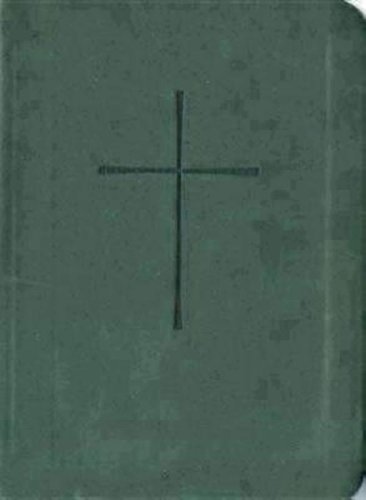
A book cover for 1979 Book of Common Prayer: Green Vivella; Church Publishing; Christian Books & Bibles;